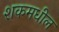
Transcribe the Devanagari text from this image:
शकमधील